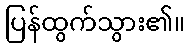
ပြန်ထွက်သွား၏။